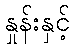
နှုန်းနှင့်